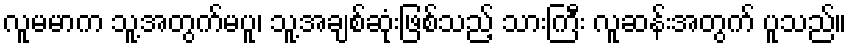
လူမမာက သူ့အတွက်မပူ၊ သူ့အချစ်ဆုံးဖြစ်သည့် သားကြီး လူဆန်းအတွက် ပူသည်။